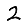
Digit: 2